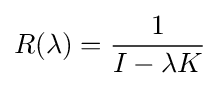
R(\lambda )={\frac {1}{I-\lambda K}}